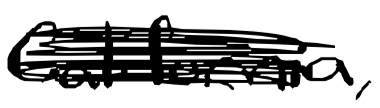
Text: California,
Cross-out: scratch
Writing tool: digital_black